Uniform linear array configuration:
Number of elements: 24
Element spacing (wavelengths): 0.5
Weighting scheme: binomial
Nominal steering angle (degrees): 0
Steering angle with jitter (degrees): -1.013
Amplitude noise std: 0.05
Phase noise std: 0.05

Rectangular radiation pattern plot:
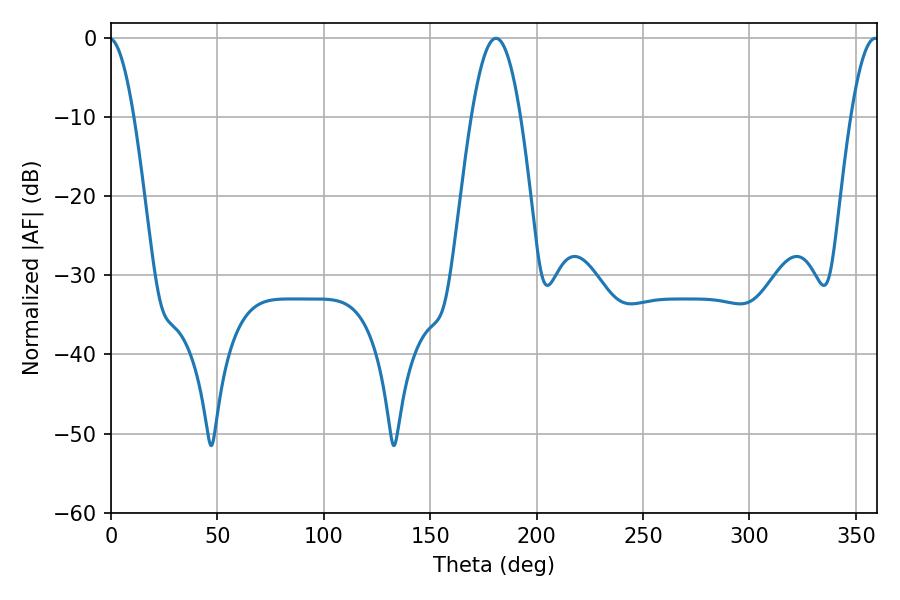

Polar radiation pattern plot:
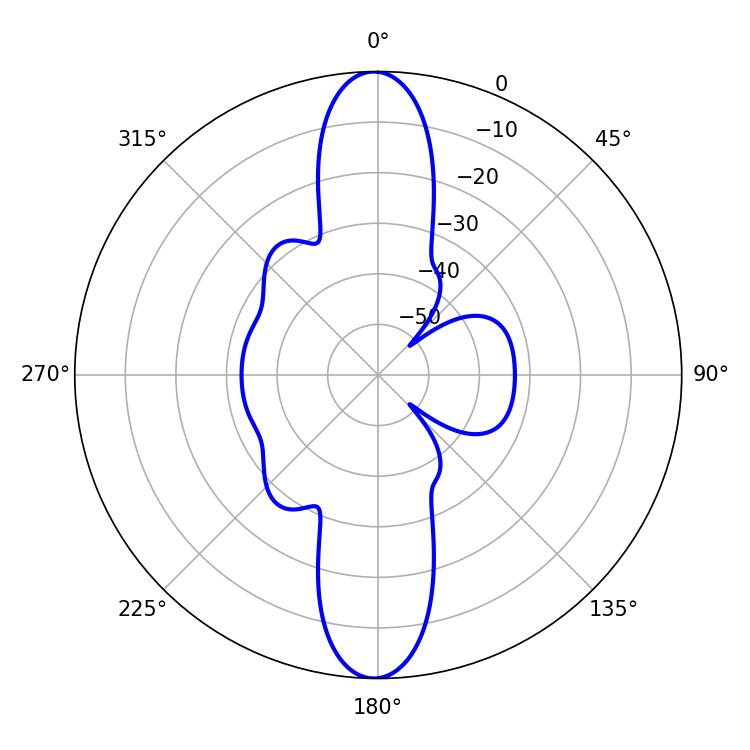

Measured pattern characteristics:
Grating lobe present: FALSE
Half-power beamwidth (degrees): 12.6
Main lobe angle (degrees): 180.9